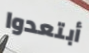
أبتعدوا